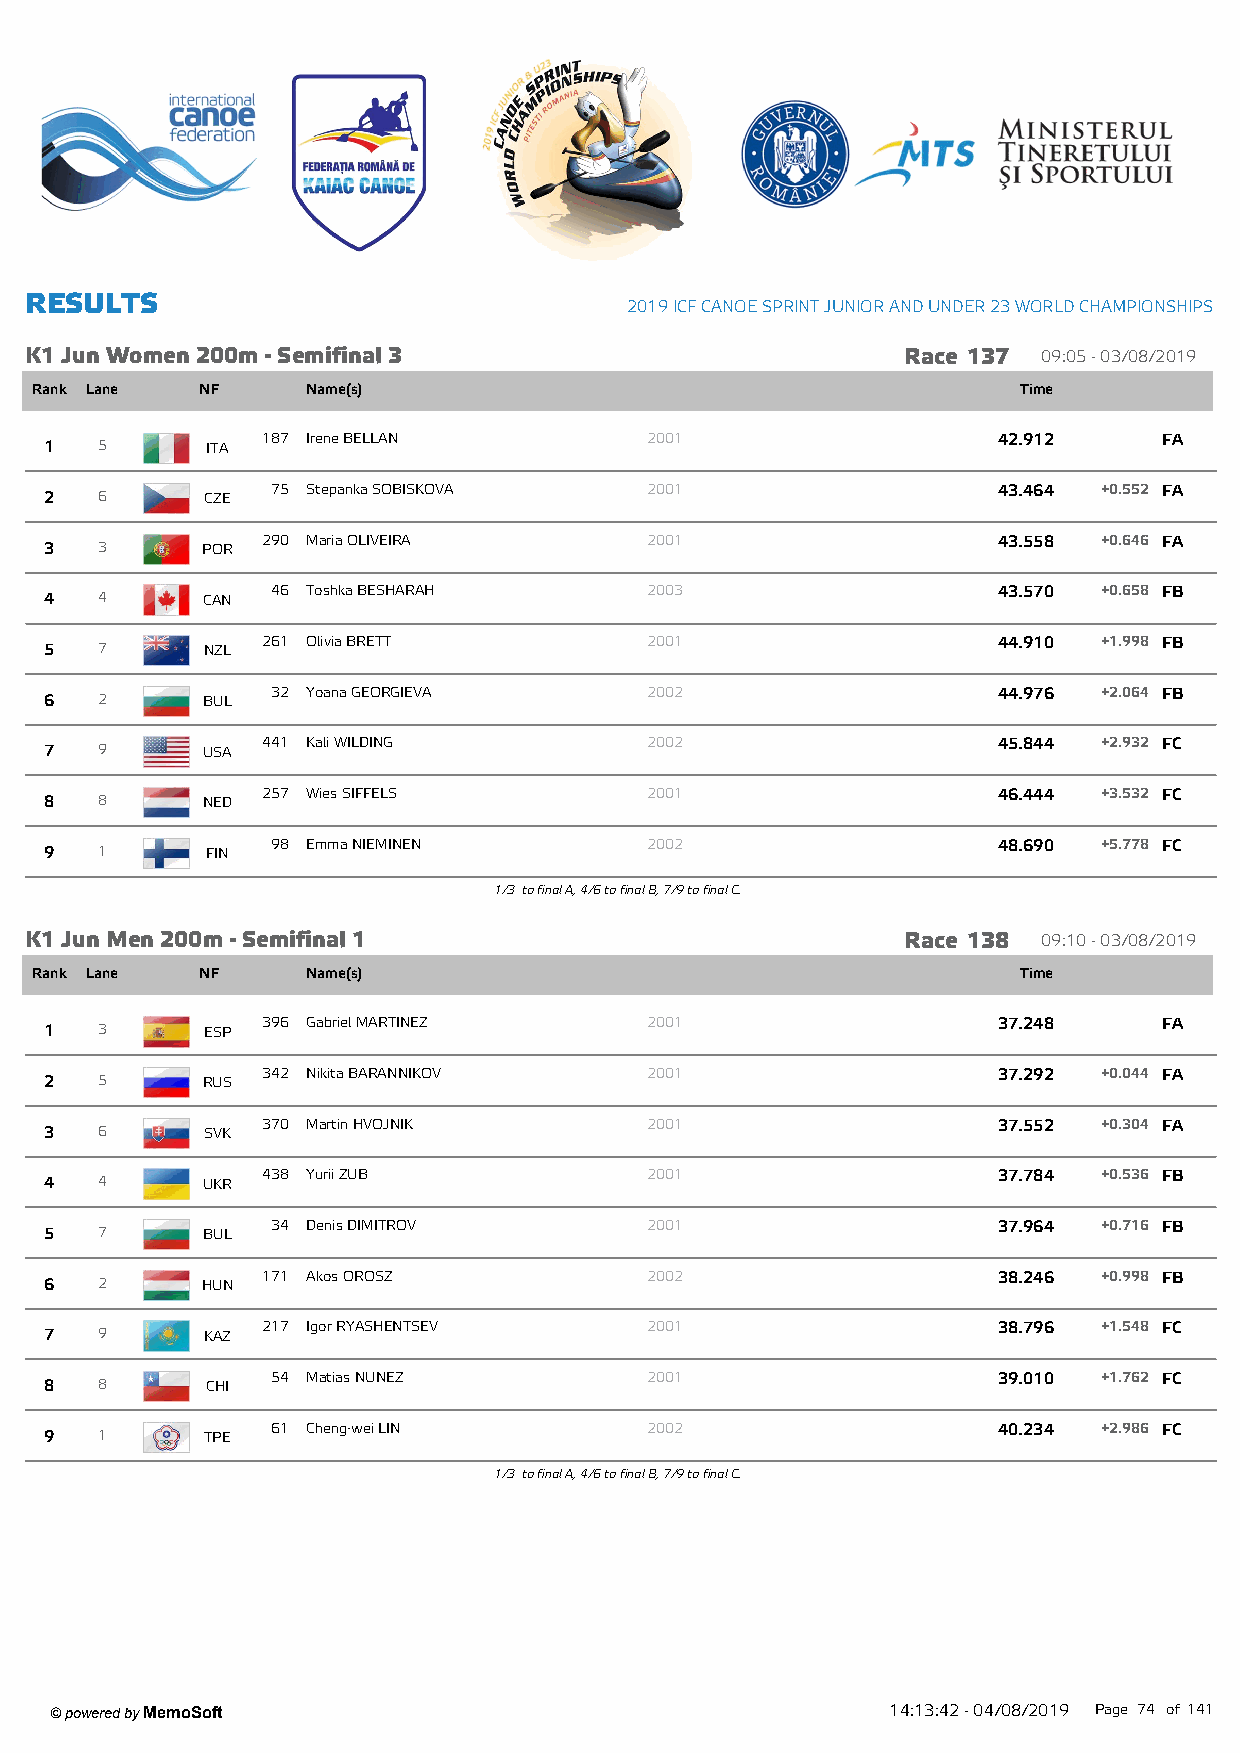
R ESU LTS
 2019 ICF CANOE SPRINT JUNIOR AND UNDER 23 W ORLD CHAMPIONSHIPS
 K1 Jun W om en 200m - Sem ifinal 3                        Race 137 09:05 - 03/08/2019
 Rank Lane  NF     Name(s)                                         Time
 187 Irene BELLAN          2001                   42.912     FA
 1  5       ITA
 75 Stepanka SOBISKOVA    2001                   43.464 +0.552 FA
 2  6       CZE
 290 Maria OLIVEIRA        2001                   43.558 +0.646 FA
 3  3      POR
 46 Toshka BESHARAH       2003                   43.570 +0.658 FB
 4  4      CAN
 261 Olivia BRETT          2001                   44.910 +1.998 FB
 5  7      NZL
 32 Yoana GEORGIEVA       2002                   44.976 +2.064 FB
 6  2      BUL
 441 Kali WILDING          2002                   45.844 +2.932 FC
 7  9      USA
 257 Wies SIFFELS          2001                   46.444 +3.532 FC
 8  8      NED
 98 Emma NIEMINEN         2002                   48.690 +5.778 FC
 9  1       FIN
 1/3 to final A, 4/6 to final B, 7/9 to final C.
 K1 Jun M en 200m - Sem ifinal 1                           Race 138 09:10 - 03/08/2019
 Rank Lane  NF     Name(s)                                         Time
 396 Gabriel MARTINEZ      2001                   37.248     FA
 1  3      ESP
 342 Nikita BARANNIKOV     2001                   37.292 +0.044 FA
 2  5      RUS
 370 Martin HVOJNIK        2001                   37.552 +0.304 FA
 3  6      SVK
 438 Yurii ZUB             2001                   37.784 +0.536 FB
 4  4      UKR
 34 Denis DIMITROV        2001                   37.964 +0.716 FB
 5  7      BUL
 171 Akos OROSZ            2002                   38.246 +0.998 FB
 6  2      HUN
 217 Igor RYASHENTSEV      2001                   38.796 +1.548 FC
 7  9      KAZ
 54 Matias NUNEZ          2001                   39.010 +1.762 FC
 8  8       CHI
 61 Cheng-wei LIN         2002                   40.234 +2.986 FC
 9  1       TPE
 1/3 to final A, 4/6 to final B, 7/9 to final C.
 ' powered by MemoSoft                                   14:13:42 - 04/08/2019 Page 74 of141